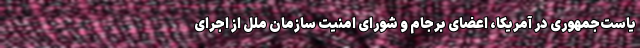
یاست‌جمهوری در آمریکا، اعضای برجام و شورای امنیت سازمان ملل از اجرای